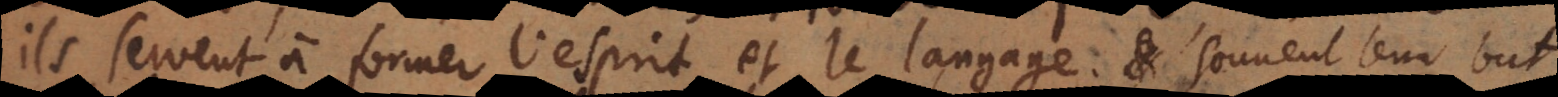
ils servent à former l’esprit et le langage; souvent leur but